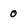
Character: 0